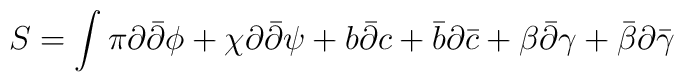
S =  \int \pi \partial {\bar \partial} \phi + \chi \partial{\bar \partial} \psi + b {\bar \partial} c + {\bar b} \partial{\bar c} + \beta {\bar \partial} \gamma + {\bar \beta} \partial{\bar \gamma}